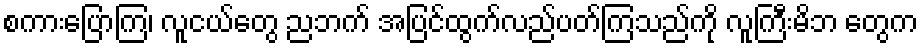
စကားပြောကြ၊ လူငယ်တွေ ညဘက် အပြင်ထွက်လည်ပတ်ကြသည်ကို လူကြီးမိဘ တွေက